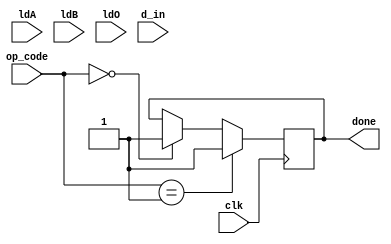
module data_pathexp1(ldA,ldB,ldO,clk,d_in,op_code,done); //module declaration and ports declared
input ldA,ldB,ldO,clk;
input [1:0]op_code;
input [15:0]d_in; // input ports
output reg done; // output ports
reg [15:0]A; // defining accumulator
reg [15:0]B,C,O; // defining registers
wire [15:0] a,b,c,d; // intermediate wires

always@(posedge clk) // always block for loading registers
begin
   if(ldA)
   A<=d_in;
   else if (ldB)
   B<=d_in;
   else if (ldO)
   O<=d_in;
end

always@(posedge clk) // always block for computation logic
begin
       if(op_code==01)
    begin
     if(ldA)
      A<=A+B;
    done<=1;
    end

    else if(op_code==10)
    begin
     if(ldA)
      A<=A-B;
    done<=1;
    end

    else if(op_code==11)
    begin
     if(ldA)
      A<=A*B;
    done<=1;
    end

    else if(op_code==00)
    begin
     if(ldA)
      A<=A/B;
    done<=1;
    end
end
endmodule // module ended